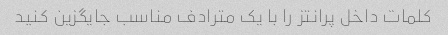
کلمات داخل پرانتز را با یک مترادف مناسب جایگزین کنید